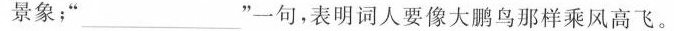
景象；”\underline”一句，表明词人要像大鹏鸟那样乘风高飞。